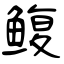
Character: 鳆